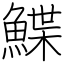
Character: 鰈